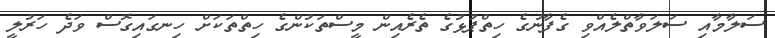
ސަލާމާއި ސަލަވާތްލެއްވި ގެފާނުގެ ހިތްޕުޅުގެ ތެރެއިން މީސްތަކުންގެ ހިތްތަކަށް ހިނގައިގޮސް ވަދެ ހަރުލީ